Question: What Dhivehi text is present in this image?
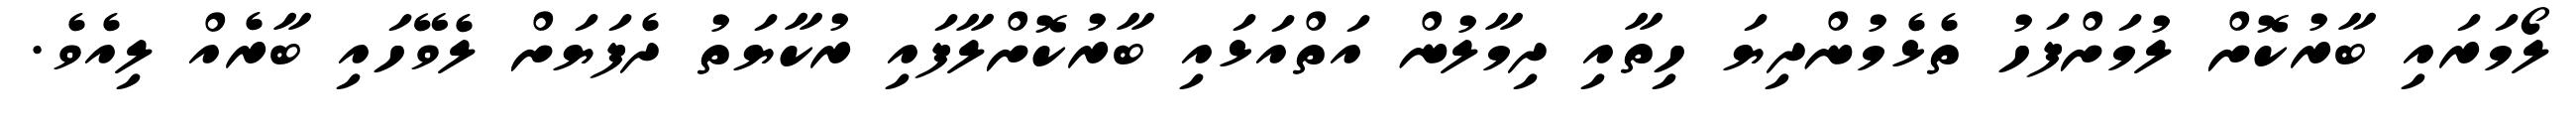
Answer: ލޯމަރައި ބާރުކޮށް ލުމަށްފަހު ތެޅެމުންދިޔަ ހިތާއި ދިމާލުން އަތްއަޅައި ބާރުކޮށްލާފައި ރުކާޔަތު ދެފަޔަށް ލެވޭހައި ބާރެއް ލިއެވެ.